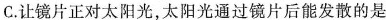
C.让镜片正对太阳光，太阳光通过镜片后能发散的是